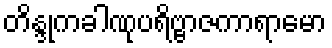
တိန္ဒုကခါဏုပရိဗ္ဗာဇကာရာမော